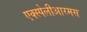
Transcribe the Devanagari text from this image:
एक्स्पेलीआरमस